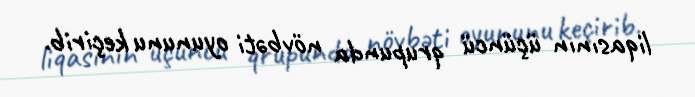
liqasının üçüncü qrupunda növbəti oyununu keçirib.